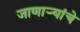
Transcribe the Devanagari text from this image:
जाणाऱ्यांचे